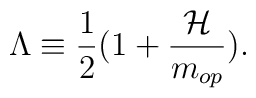
\Lambda \equiv \frac{1}{2} (1+\frac{{\cal H}}{m_{op}}).